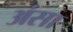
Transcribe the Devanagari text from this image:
अंसा